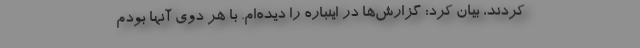
کردند، بیان کرد: گزارش‌ها در اینباره را دیده‌ام. با هر دوی آنها بودم